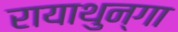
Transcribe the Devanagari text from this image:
रायाथुन्गा